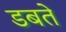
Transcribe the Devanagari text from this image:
डबते